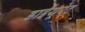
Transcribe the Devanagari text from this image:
डाईयूरेट